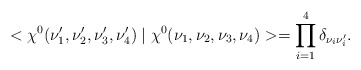
\begin{align*}<\chi^{0}(\nu'_{1},\nu'_{2},\nu'_{3},\nu'_{4})\mid\chi^{0}(\nu_{1},\nu_{2},\nu_{3},\nu_{4})>=\prod_{i=1}^{4}\delta_{\nu_{i}\nu'_{i}}.\end{align*}